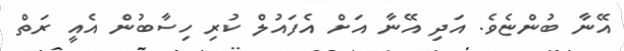
އޭނާ ބުންޏެވެ. އަދި އޭނާ އަށް އެފައުލް ކުރި ހިސާބުން އެއީ ރަތް